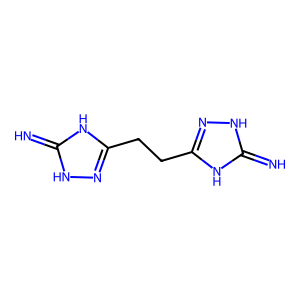
SMILES: N=c1[nH]nc(CCc2n[nH]c(=N)[nH]2)[nH]1
Inhibits HIV replication: No